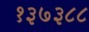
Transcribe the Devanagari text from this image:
१३७३८८